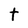
Character: t